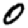
Digit: 0